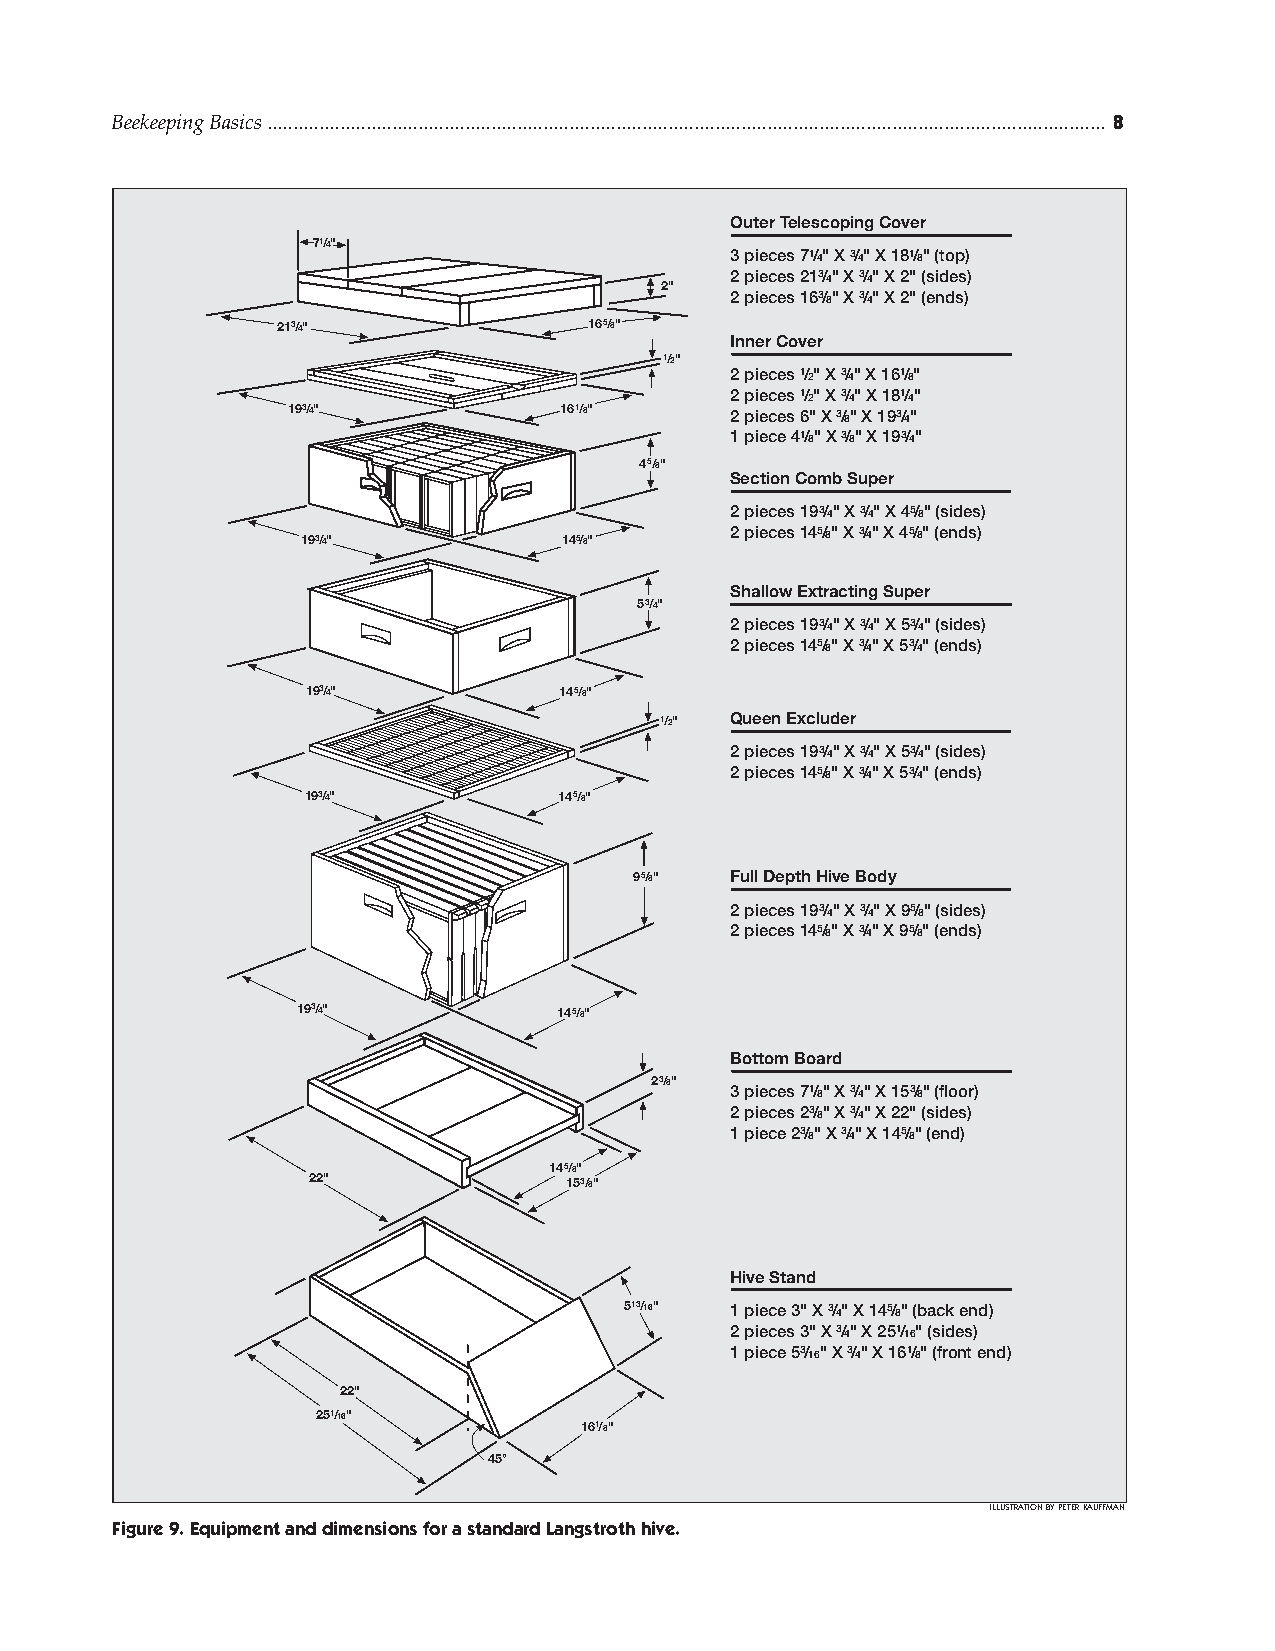
Beekeeping Basics ................................................................................................................................................................. 
 Outer Telescoping Cover
 71/4"
 3 pieces 71/4" X 3/4" X 181/8" (top)
 2"
 2 pieces 213/4" X 3/4" X 2" (sides)
 2 pieces 163/8" X 3/4" X 2" (ends)
 213/4"               165/8"
 Inner Cover
 1/2"
 2 pieces 1/2" X 3/4" X 161/8"
 2 pieces 1/2" X 3/4" X 181/4"
 193/4"            161/8"     2 pieces 6" X 3/8" X 193/4"
 1 piece 41/8" X 3/8" X 193/4"
 45/8"
 Section Comb Super
 2 pieces 193/4" X 3/4" X 45/8" (sides)
 193/4"           145/8"
 2 pieces 145/8" X 3/4" X 45/8" (ends)
 Shallow Extracting Super
 53/4"
 2 pieces 193/4" X 3/4" X 53/4" (sides)
 2 pieces 145/8" X 3/4" X 53/4" (ends)
 193/4"           145/8"
 1/2" Queen Excluder
 2 pieces 193/4" X 3/4" X 53/4" (sides)
 2 pieces 145/8" X 3/4" X 53/4" (ends)
 193/4"           145/8"
 95/8" Full Depth Hive Body
 2 pieces 193/4" X 3/4" X 95/8" (sides)
 2 pieces 145/8" X 3/4" X 95/8" (ends)
 193/4"           145/8"
 Bottom Board
 23/8"
 3 pieces 71/8" X 3/4" X 153/8" (floor)
 2 pieces 23/8" X 3/4" X 22" (sides)
 1 piece 23/8" X 3/4" X 145/8" (end)
 145/8"
 22"              153/8"
 Hive Stand
 513/16" 1 piece 3" X 3/4" X 145/8" (back end)
 2 pieces 3" X 3/4" X 251/16" (sides)
 1 piece 53/16" X 3/4" X 161/8" (front end)
 22"
 251/16"
 161/8"
 45°
 illustration by peter kauffman
 Figure 9. Equipment and dimensions for a standard langstroth hive.